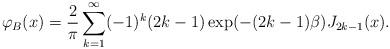
LaTeX: \begin{align*}\varphi_B(x)=\frac{2}{\pi}\sum_{k=1}^{\infty}(-1)^k (2k-1)\exp(-(2k-1)\beta)J_{2k-1}(x).\end{align*}